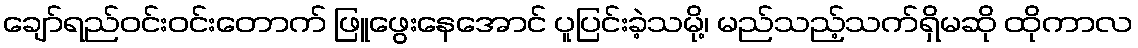
ချော်ရည်ဝင်းဝင်းတောက် ဖြူဖွေးနေအောင် ပူပြင်းခဲ့သမို့၊ မည်သည့်သက်ရှိမဆို ထိုကာလ